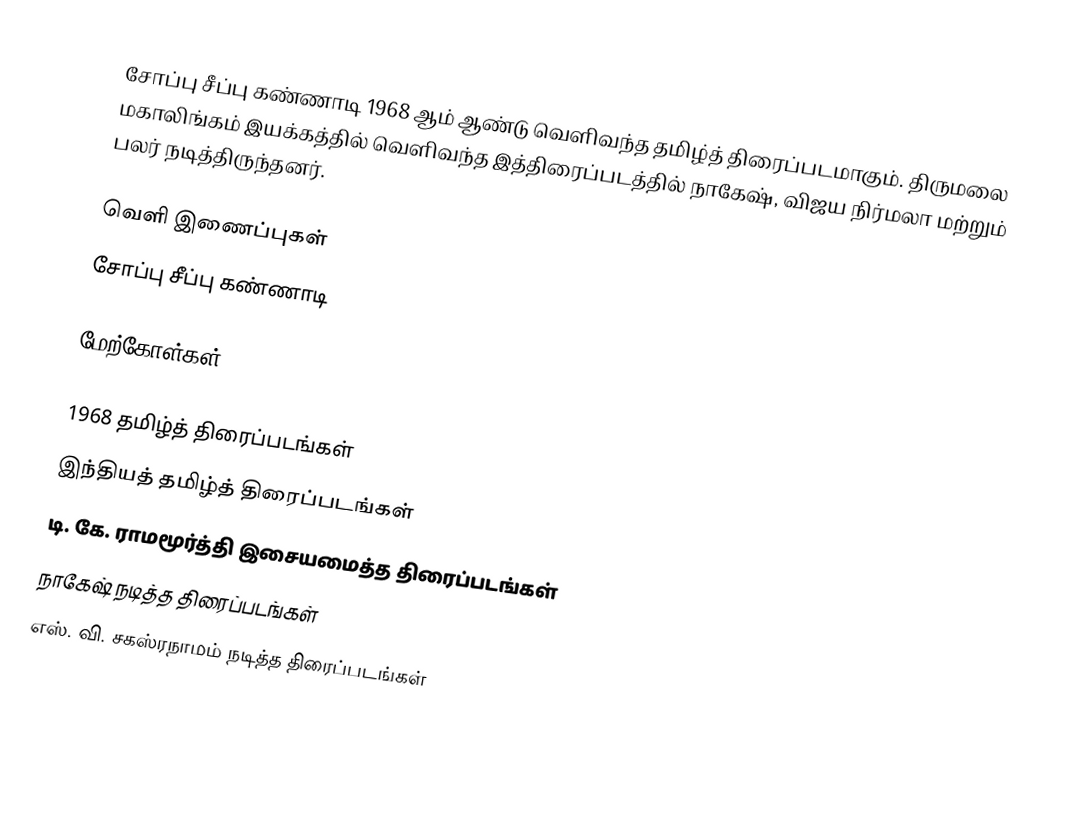
சோப்பு சீப்பு கண்ணாடி 1968 ஆம் ஆண்டு வெளிவந்த தமிழ்த் திரைப்படமாகும். திருமலை மகாலிங்கம் இயக்கத்தில் வெளிவந்த இத்திரைப்படத்தில் நாகேஷ், விஜய நிர்மலா மற்றும் பலர் நடித்திருந்தனர்.

வெளி இணைப்புகள்
 சோப்பு சீப்பு கண்ணாடி

மேற்கோள்கள்

1968 தமிழ்த் திரைப்படங்கள்
இந்தியத் தமிழ்த் திரைப்படங்கள்
டி. கே. ராமமூர்த்தி இசையமைத்த திரைப்படங்கள்
நாகேஷ் நடித்த திரைப்படங்கள்
எஸ். வி. சகஸ்ரநாமம் நடித்த திரைப்படங்கள்